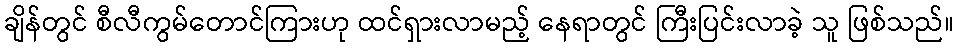
ချိန်တွင် စီလီကွမ်တောင်ကြားဟု ထင်ရှားလာမည့် နေရာတွင် ကြီးပြင်းလာခဲ့ သူ ဖြစ်သည်။